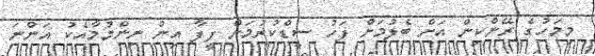
މިމަހުގެ ރޭންކިން އަށް ބެލުމަށް ފަހު ސީޑްކުރުމަށް ފީފާ އިން ނިންމުމާއެކު އަންނަ